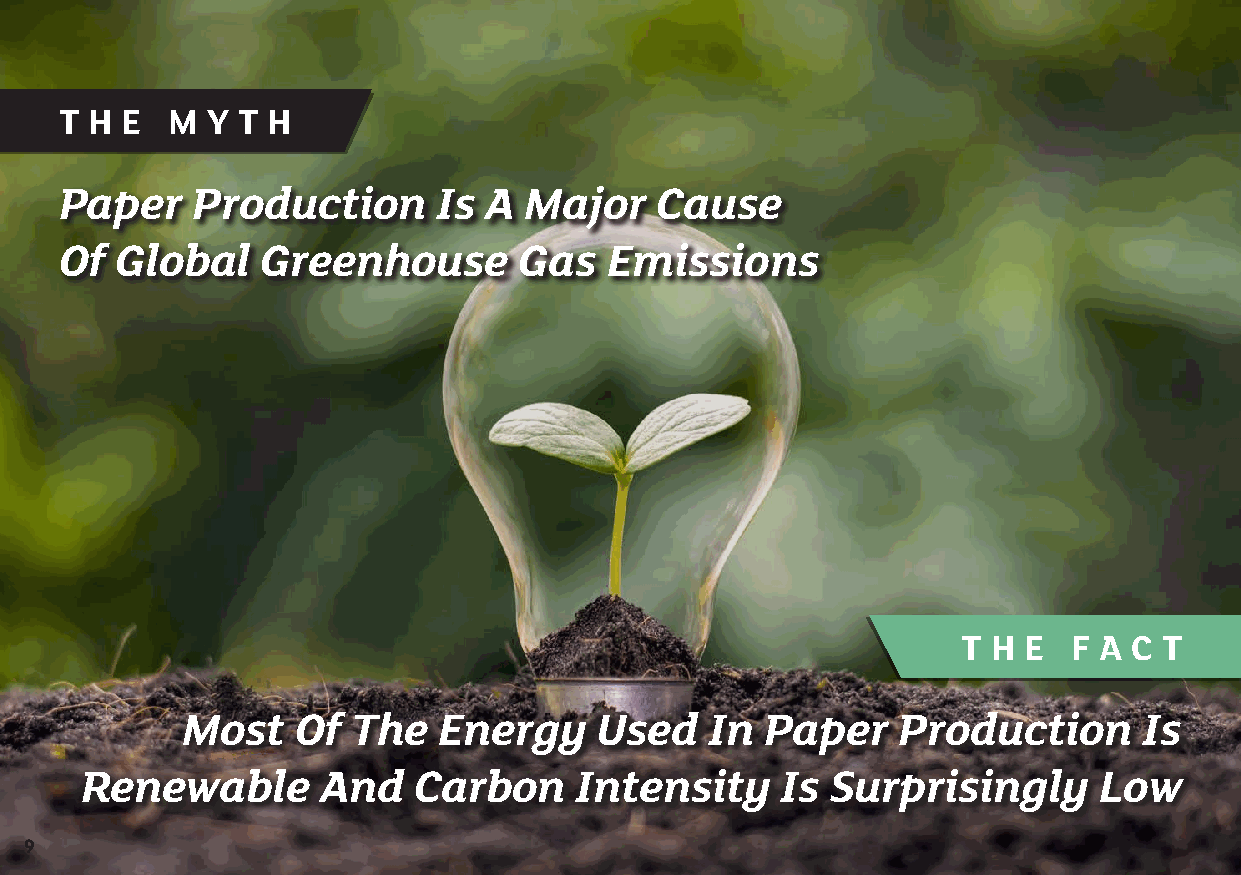
T H E  M  Y T H
 Paper    Production      Is A  Major   Cause
 Of  Global   Greenhouse       Gas   Emissions
 T H E  F A C T
 Most   Of  The   Energy     Used   In  Paper   Production       Is
 Renewable       And   Carbon     Intensity     Is Surprisingly      Low
 9